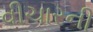
વીચારની